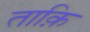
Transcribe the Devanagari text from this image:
ताक़ि